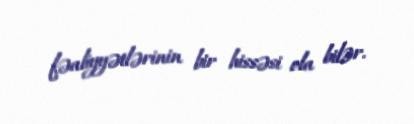
fəaliyyətlərinin bir hissəsi ola bilər.